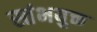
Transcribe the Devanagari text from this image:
स्तंभयुक्त